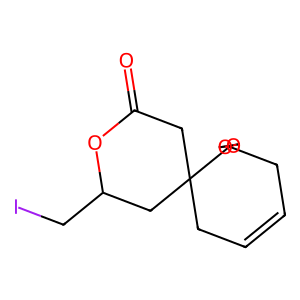
SMILES: O=C1CC2(CC=CCC23OCCO3)CC(CI)O1
Inhibits HIV replication: No